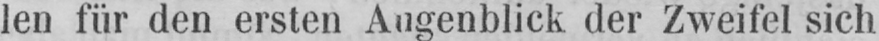
len für den ersten Augenblick der Zweifel sich